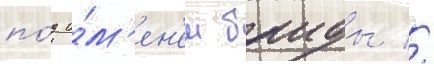
по́д и́м'ен'ем баиды //